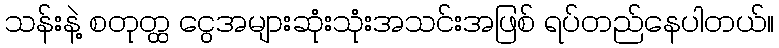
သန်းနဲ့ စတုတ္ထ ငွေအများဆုံးသုံးအသင်းအဖြစ် ရပ်တည်နေပါတယ်။